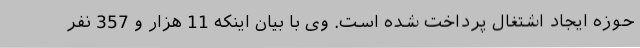
حوزه ایجاد اشتغال پرداخت شده است. وی با بیان اینکه 11 هزار و 357 نفر